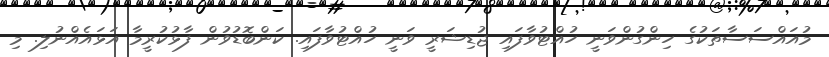
މުއައްސަސާތަކުގެ ހިންގުންވަނީ ހުއްޓުވާފައި ޖުޑިޝަރީ ވަނީ ހުއްޓުވާފައި. ކަންބޮޑުވުން ފާޅުކުރީމާ އަޅައެއްނުލި. މި